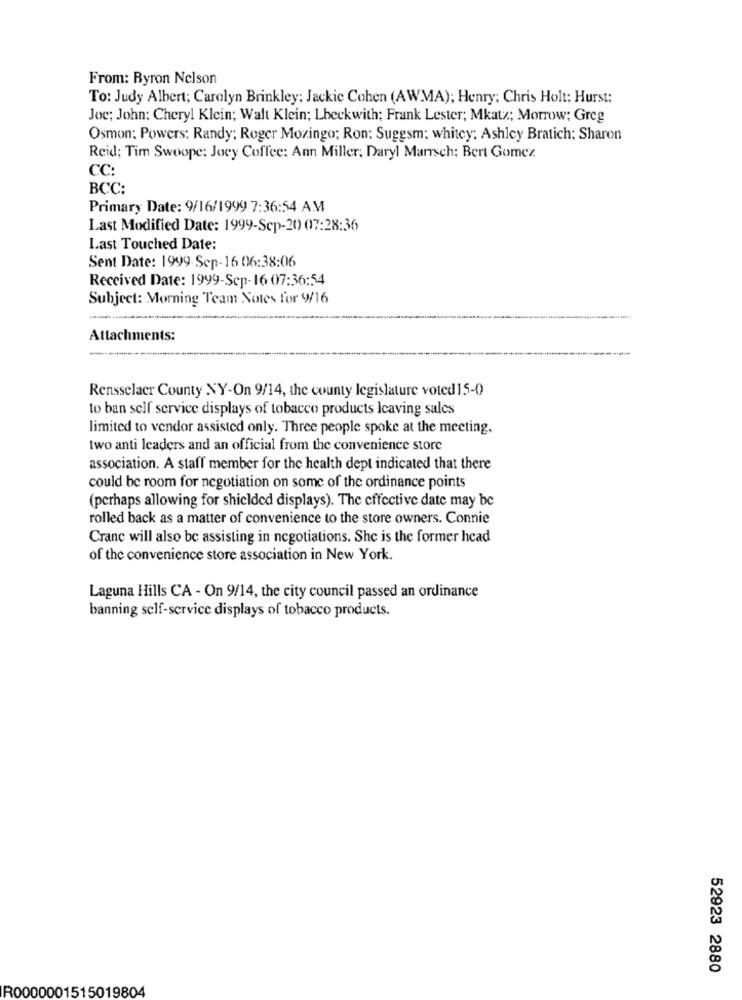
From: Byron Nelson
To: Judy Albert; Carolyn Brinkley: Jackie Cohen (AWMA); Henry; Chris Holt: Hurst;
Joc; John: Cheryl Klein; Walt Klein; Lbeckwith; Frank Lester; Mkatz; Morrow; Greg
Osmon: Powers: Randy; Roger Mozingo; Ron; Suggsm: whitey; Ashley Bratich: Sharon
Reid; Tim Swoope; Joey Coffee: Ann Miller; Daryl Marrsch: Bert Gomez
CC:
BCC:
Primary Date: 9/16/1999 7:36:54 AM
Last Modified Date: 1999-Sep-20 07:28:36
Last Touched Date:
Sent Date: 1999-Sep-16 06:38:06
Received Date: 1999-Sep-16 07:36:54
Subject: Morning Team Notes for 9/16
Attachments:
Rensselaer County NY-On 9/14, the county legislature voted15-0
to ban self service displays of tobacco products leaving sales
limited to vendor assisted only. Three people spoke at the meeting.
two anti leaders and an official from the convenience store
association. A staff member for the health dept indicated that there
could be room for negotiation on some of the ordinance points
(perhaps allowing for shielded displays). The effective date may be
rolled back as a matter of convenience to the store owners. Connie
Cranc will also be assisting in negotiations. She is the former head
of the convenience store association in New York.
Laguna Hills CA - On 9/14, the city council passed an ordinance
banning self-service displays of tobacco products.
52923 2880
R0000001515019804